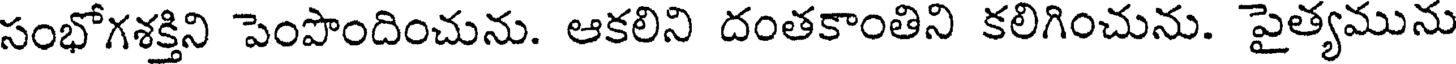
సంభోగశక్తిని పెంపొందించును. ఆకలిని దంతకాంతిని కలిగించును. పైత్యమును